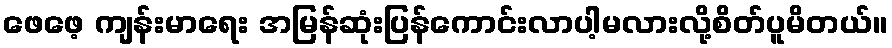
ဖေဖေ့ ကျန်းမာရေး အမြန်ဆုံးပြန်ကောင်းလာပါ့မလားလို့စိတ်ပူမိတယ်။